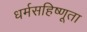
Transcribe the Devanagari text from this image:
धर्मसहिष्णूता